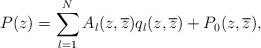
LaTeX: \begin{align*} P(z)=\displaystyle\sum_{l=1}^{N}A_{l}(z,\overline{z})q_{l}(z,\overline{z}) +P_{0}(z,\overline{z}), \end{align*}